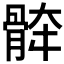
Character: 𱅯